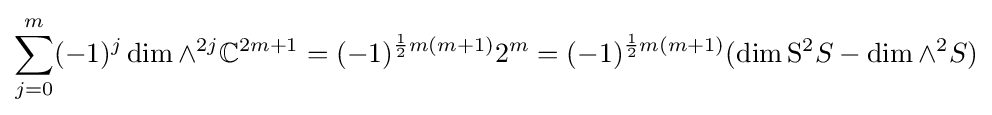
\sum _{j=0}^{m}(-1)^{j}\dim \wedge ^{2j}\mathbb {C} ^{2m+1}=(-1)^{{\frac {1}{2}}m(m+1)}2^{m}=(-1)^{{\frac {1}{2}}m(m+1)}(\dim \mathrm {S} ^{2}S-\dim \wedge ^{2}S)